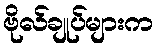
ဗိုလ်ချုပ်များက